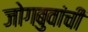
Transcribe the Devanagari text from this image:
जोगबुवांची